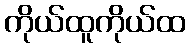
ကိုယ်ထူကိုယ်ထ